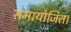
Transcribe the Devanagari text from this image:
समायोजित।